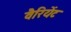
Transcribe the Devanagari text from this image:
वैरियेंट